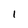
Character: l